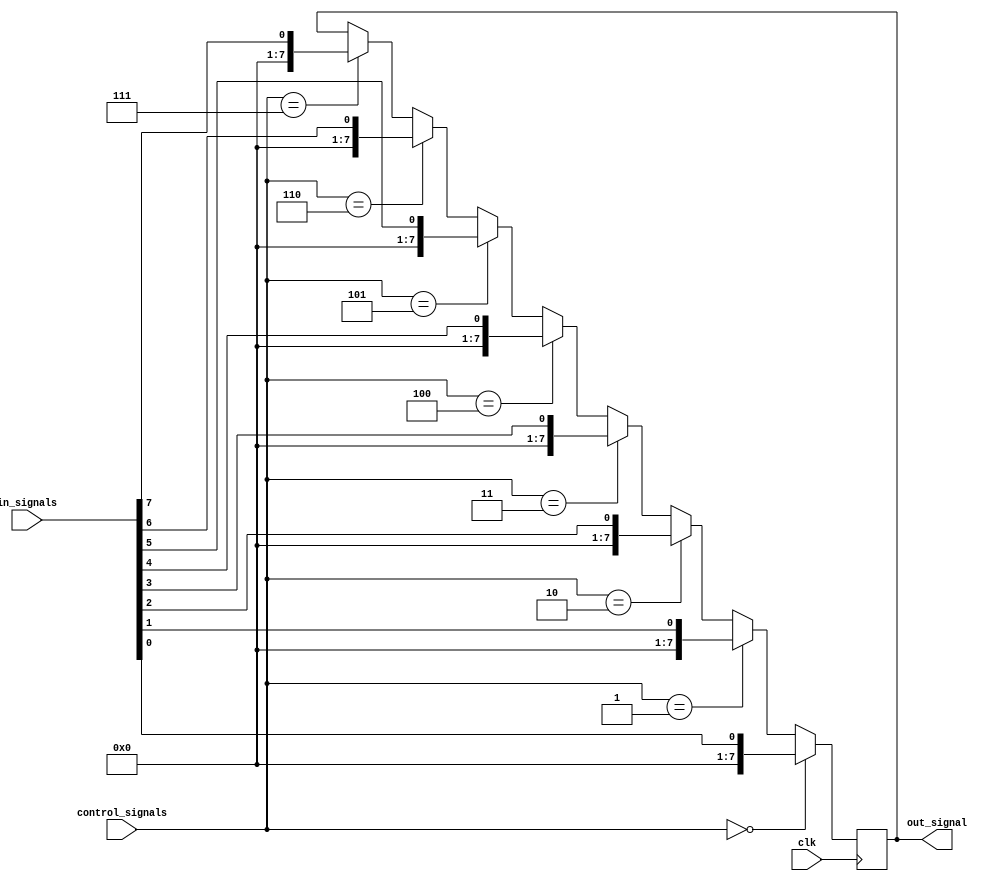
module eight_way_bypass_reg (
    input wire clk,
    input wire [7:0] in_signals,
    input wire [2:0] control_signals,
    output reg [7:0] out_signal
);

reg [7:0] reg_data;

always @(posedge clk) begin
    if (control_signals[2:0] == 3'b000) out_signal <= in_signals[0];
    else if (control_signals[2:0] == 3'b001) out_signal <= in_signals[1];
    else if (control_signals[2:0] == 3'b010) out_signal <= in_signals[2];
    else if (control_signals[2:0] == 3'b011) out_signal <= in_signals[3];
    else if (control_signals[2:0] == 3'b100) out_signal <= in_signals[4];
    else if (control_signals[2:0] == 3'b101) out_signal <= in_signals[5];
    else if (control_signals[2:0] == 3'b110) out_signal <= in_signals[6];
    else if (control_signals[2:0] == 3'b111) out_signal <= in_signals[7];
end

endmodule